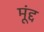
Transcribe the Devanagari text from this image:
मूंद्द